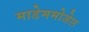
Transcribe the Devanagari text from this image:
माडेममोजेल